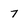
Character: 7